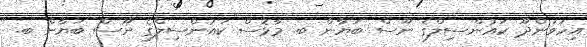
އިހަވަންދޫ ކައުންސިލްގެ ނޫސް ބަޔާން ބ. މާޅޮސް ކައުންސިލްގެ ނޫސް ބަޔާން ބ.